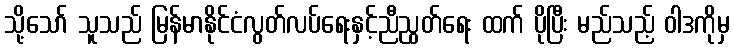
သို့သော် သူသည် မြန်မာနိုင်ငံလွတ်လပ်ရေးနှင့်ညီညွတ်ရေး ထက် ပိုပြီး မည်သည့် ဝါဒကိုမှ